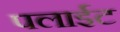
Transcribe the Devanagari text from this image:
पलाईट